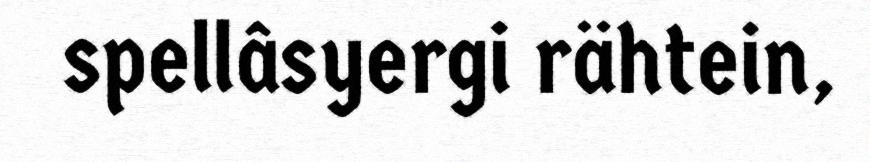
spellâsyergi rähtein,